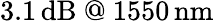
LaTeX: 3.1\, \mathrm{dB}\ @\ 1550\, \mathrm{nm}